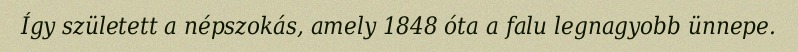
Így született a népszokás, amely 1848 óta a falu legnagyobb ünnepe.